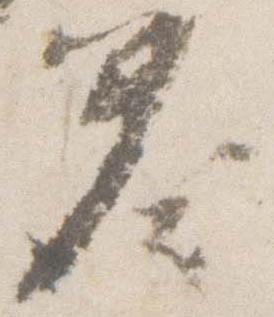
奏